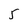
Character: 5